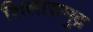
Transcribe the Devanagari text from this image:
शिलासमुद्र